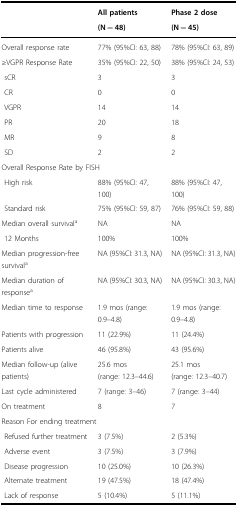
<table><thead><tr><td></td><td><b>All patients</b></td><td><b>Phase 2 dose</b></td></tr><tr><td></td><td><b>(N = 48)</b></td><td><b>(N = 45)</b></td></tr></thead><tbody><tr><td>Overall response rate</td><td>77% (95%CI: 63, 88)</td><td>78% (95%CI: 63, 89)</td></tr><tr><td>≥VGPR Response Rate</td><td>35% (95%CI: 22, 50)</td><td>38% (95%CI: 24, 53)</td></tr><tr><td> sCR</td><td>3</td><td>3</td></tr><tr><td> CR</td><td>0</td><td>0</td></tr><tr><td> VGPR</td><td>14</td><td>14</td></tr><tr><td> PR</td><td>20</td><td>18</td></tr><tr><td> MR</td><td>9</td><td>8</td></tr><tr><td> SD</td><td>2</td><td>2</td></tr><tr><td colspan="3">Overall Response Rate by FISH</td></tr><tr><td> High risk</td><td>88% (95%CI: 47, 100)</td><td>88% (95%CI: 47, 100)</td></tr><tr><td> Standard risk</td><td>75% (95%CI: 59, 87)</td><td>76% (95%CI: 59, 88)</td></tr><tr><td>Median overall survival<sup>a</sup></td><td>NA</td><td>NA</td></tr><tr><td> 12 Months</td><td>100%</td><td>100%</td></tr><tr><td>Median progression-free survival<sup>a</sup></td><td>NA (95%CI: 31.3, NA)</td><td>NA (95%CI: 31.3, NA)</td></tr><tr><td>Median duration of response<sup>a</sup></td><td>NA (95%CI: 30.3, NA)</td><td>NA (95%CI: 30.3, NA)</td></tr><tr><td>Median time to response</td><td>1.9 mos (range: 0.9–4.8)</td><td>1.9 mos (range: 0.9–4.8)</td></tr><tr><td>Patients with progression</td><td>11 (22.9%)</td><td>11 (24.4%)</td></tr><tr><td>Patients alive</td><td>46 (95.8%)</td><td>43 (95.6%)</td></tr><tr><td>Median follow-up (alive patients)</td><td>25.6 mos(range: 12.3–44.6)</td><td>25.1 mos(range: 12.3–40.7)</td></tr><tr><td>Last cycle administered</td><td>7 (range: 3–46)</td><td>7 (range: 3–44)</td></tr><tr><td>On treatment</td><td>8</td><td>7</td></tr><tr><td colspan="3">Reason For ending treatment</td></tr><tr><td> Refused further treatment</td><td>3 (7.5%)</td><td>2 (5.3%)</td></tr><tr><td> Adverse event</td><td>3 (7.5%)</td><td>3 (7.9%)</td></tr><tr><td> Disease progression</td><td>10 (25.0%)</td><td>10 (26.3%)</td></tr><tr><td> Alternate treatment</td><td>19 (47.5%)</td><td>18 (47.4%)</td></tr><tr><td> Lack of response</td><td>5 (10.4%)</td><td>5 (11.1%)</td></tr></tbody></table>